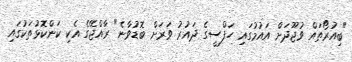
"ބިއުރޯތައް ވުޖޫދަށް އައުމުގައި ހަފްސީގެ ދައުރު ވަރަށް ބޮޑުވާނެ" ރާއްޖޭގެ އެކި ކަންކޮޅުތަކުގައި